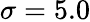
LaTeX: \sigma=5.0